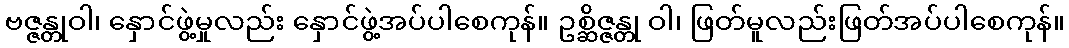
ဗဇ္ဇန္တုဝါ၊ နှောင်ဖွဲ့မှုလည်း နှောင်ဖွဲ့အပ်ပါစေကုန်။ ဥစ္ဆိဇ္ဇန္တု ဝါ၊ ဖြတ်မူလည်းဖြတ်အပ်ပါစေကုန်။